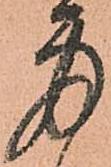
身